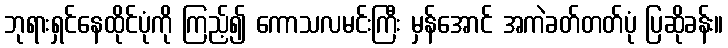
ဘုရားရှင်နေထိုင်ပုံကို ကြည့်၍ ကောသလမင်းကြီး မှန်အောင် အကဲခတ်တတ်ပုံ ပြဆိုခန်း။